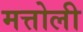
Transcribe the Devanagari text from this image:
मत्तोली